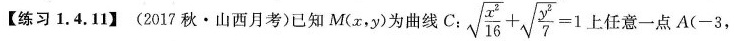
【练习1.4.11】(2017秋·山西月考)已知M(x，y)为曲线C： $$ \sqrt { \frac { x^{ 2 } } { 16 } } + \sqrt { \frac { y^{ 2 } } { 7 } } = 1$$ 上任意一点A(-3，